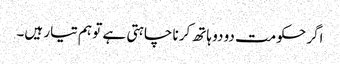
اگر حکومت دو دو ہاتھ کرنا چاہتی ہے تو ہم تیار ہیں۔